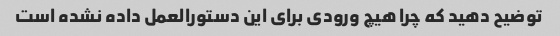
توضیح دهید که چرا هیچ ورودی برای این دستورالعمل داده نشده است